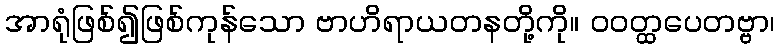
အာရုံဖြစ်၍ဖြစ်ကုန်သော ဗာဟိရာယတနတို့ကို။ ဝဝတ္ထပေတဗ္ဗာ၊